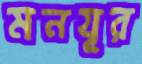
মনযূর